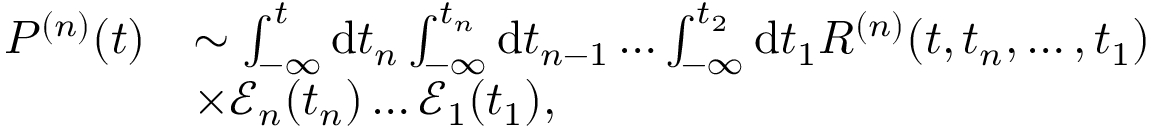
\begin{array} { r } { \begin{array} { r l } { P ^ { ( n ) } ( t ) } & { \sim \int _ { - \infty } ^ { t } \mathrm { d } t _ { n } \int _ { - \infty } ^ { t _ { n } } \mathrm { d } t _ { n - 1 } \dots \int _ { - \infty } ^ { t _ { 2 } } \mathrm { d } t _ { 1 } R ^ { ( n ) } ( t , t _ { n } , \dots , t _ { 1 } ) } \\ & { \times \mathcal { E } _ { n } ( t _ { n } ) \dots \mathcal { E } _ { 1 } ( t _ { 1 } ) , } \end{array} } \end{array}